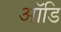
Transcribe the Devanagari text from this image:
ऑडि